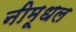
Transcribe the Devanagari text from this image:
नीमूधल